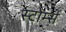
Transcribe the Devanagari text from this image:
स्टोर्म्स